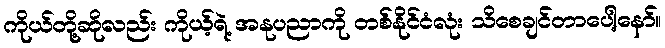
ကိုယ်တို့ဆိုလည်း ကိုယ့်ရဲ့ အနုပညာကို တစ်နိုင်ငံလုံး သိစေချင်တာပေါ့နော်။